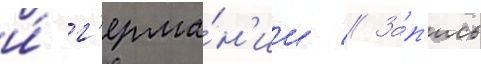
и́ г'ерма́н'ии // За́п'ись